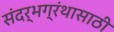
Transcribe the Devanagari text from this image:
संदर्भग्रंथासाठी